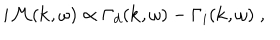
i { \cal M } ( { \bf k } , \omega ) \propto \Gamma _ { d } ( { \bf k } , \omega ) - \Gamma _ { i } ( { \bf k } , \omega ) \; ,